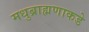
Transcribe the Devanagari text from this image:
मधुब्राह्मणाकडे